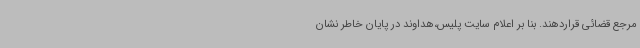
مرجع قضائی قراردهند. بنا بر اعلام سایت پلیس،هداوند در پایان خاطر نشان